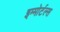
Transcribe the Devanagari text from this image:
इम्मोर्टल्स